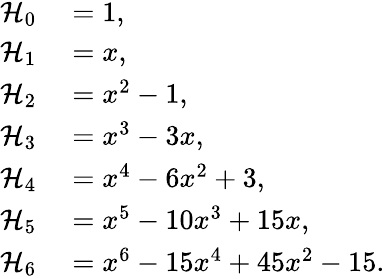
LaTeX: \begin{array}{rl}{\mathcal{H}_{0}}&{{}=1,}\\ {\mathcal{H}_{1}}&{{}=x,}\\ {\mathcal{H}_{2}}&{{}=x^{2}-1,}\\ {\mathcal{H}_{3}}&{{}=x^{3}-3x,}\\ {\mathcal{H}_{4}}&{{}=x^{4}-6x^{2}+3,}\\ {\mathcal{H}_{5}}&{{}=x^{5}-10x^{3}+15x,}\\ {\mathcal{H}_{6}}&{{}=x^{6}-15x^{4}+45x^{2}-15.}\end{array}